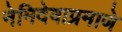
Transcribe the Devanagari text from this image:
नेमिदेवाप्रमाणे